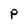
Character: P